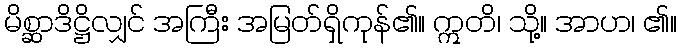
မိစ္ဆာဒိဋ္ဌိလျှင် အကြီး အမြတ်ရှိကုန်၏။ ဣတိ၊ သို့။ အာဟ၊ ၏။